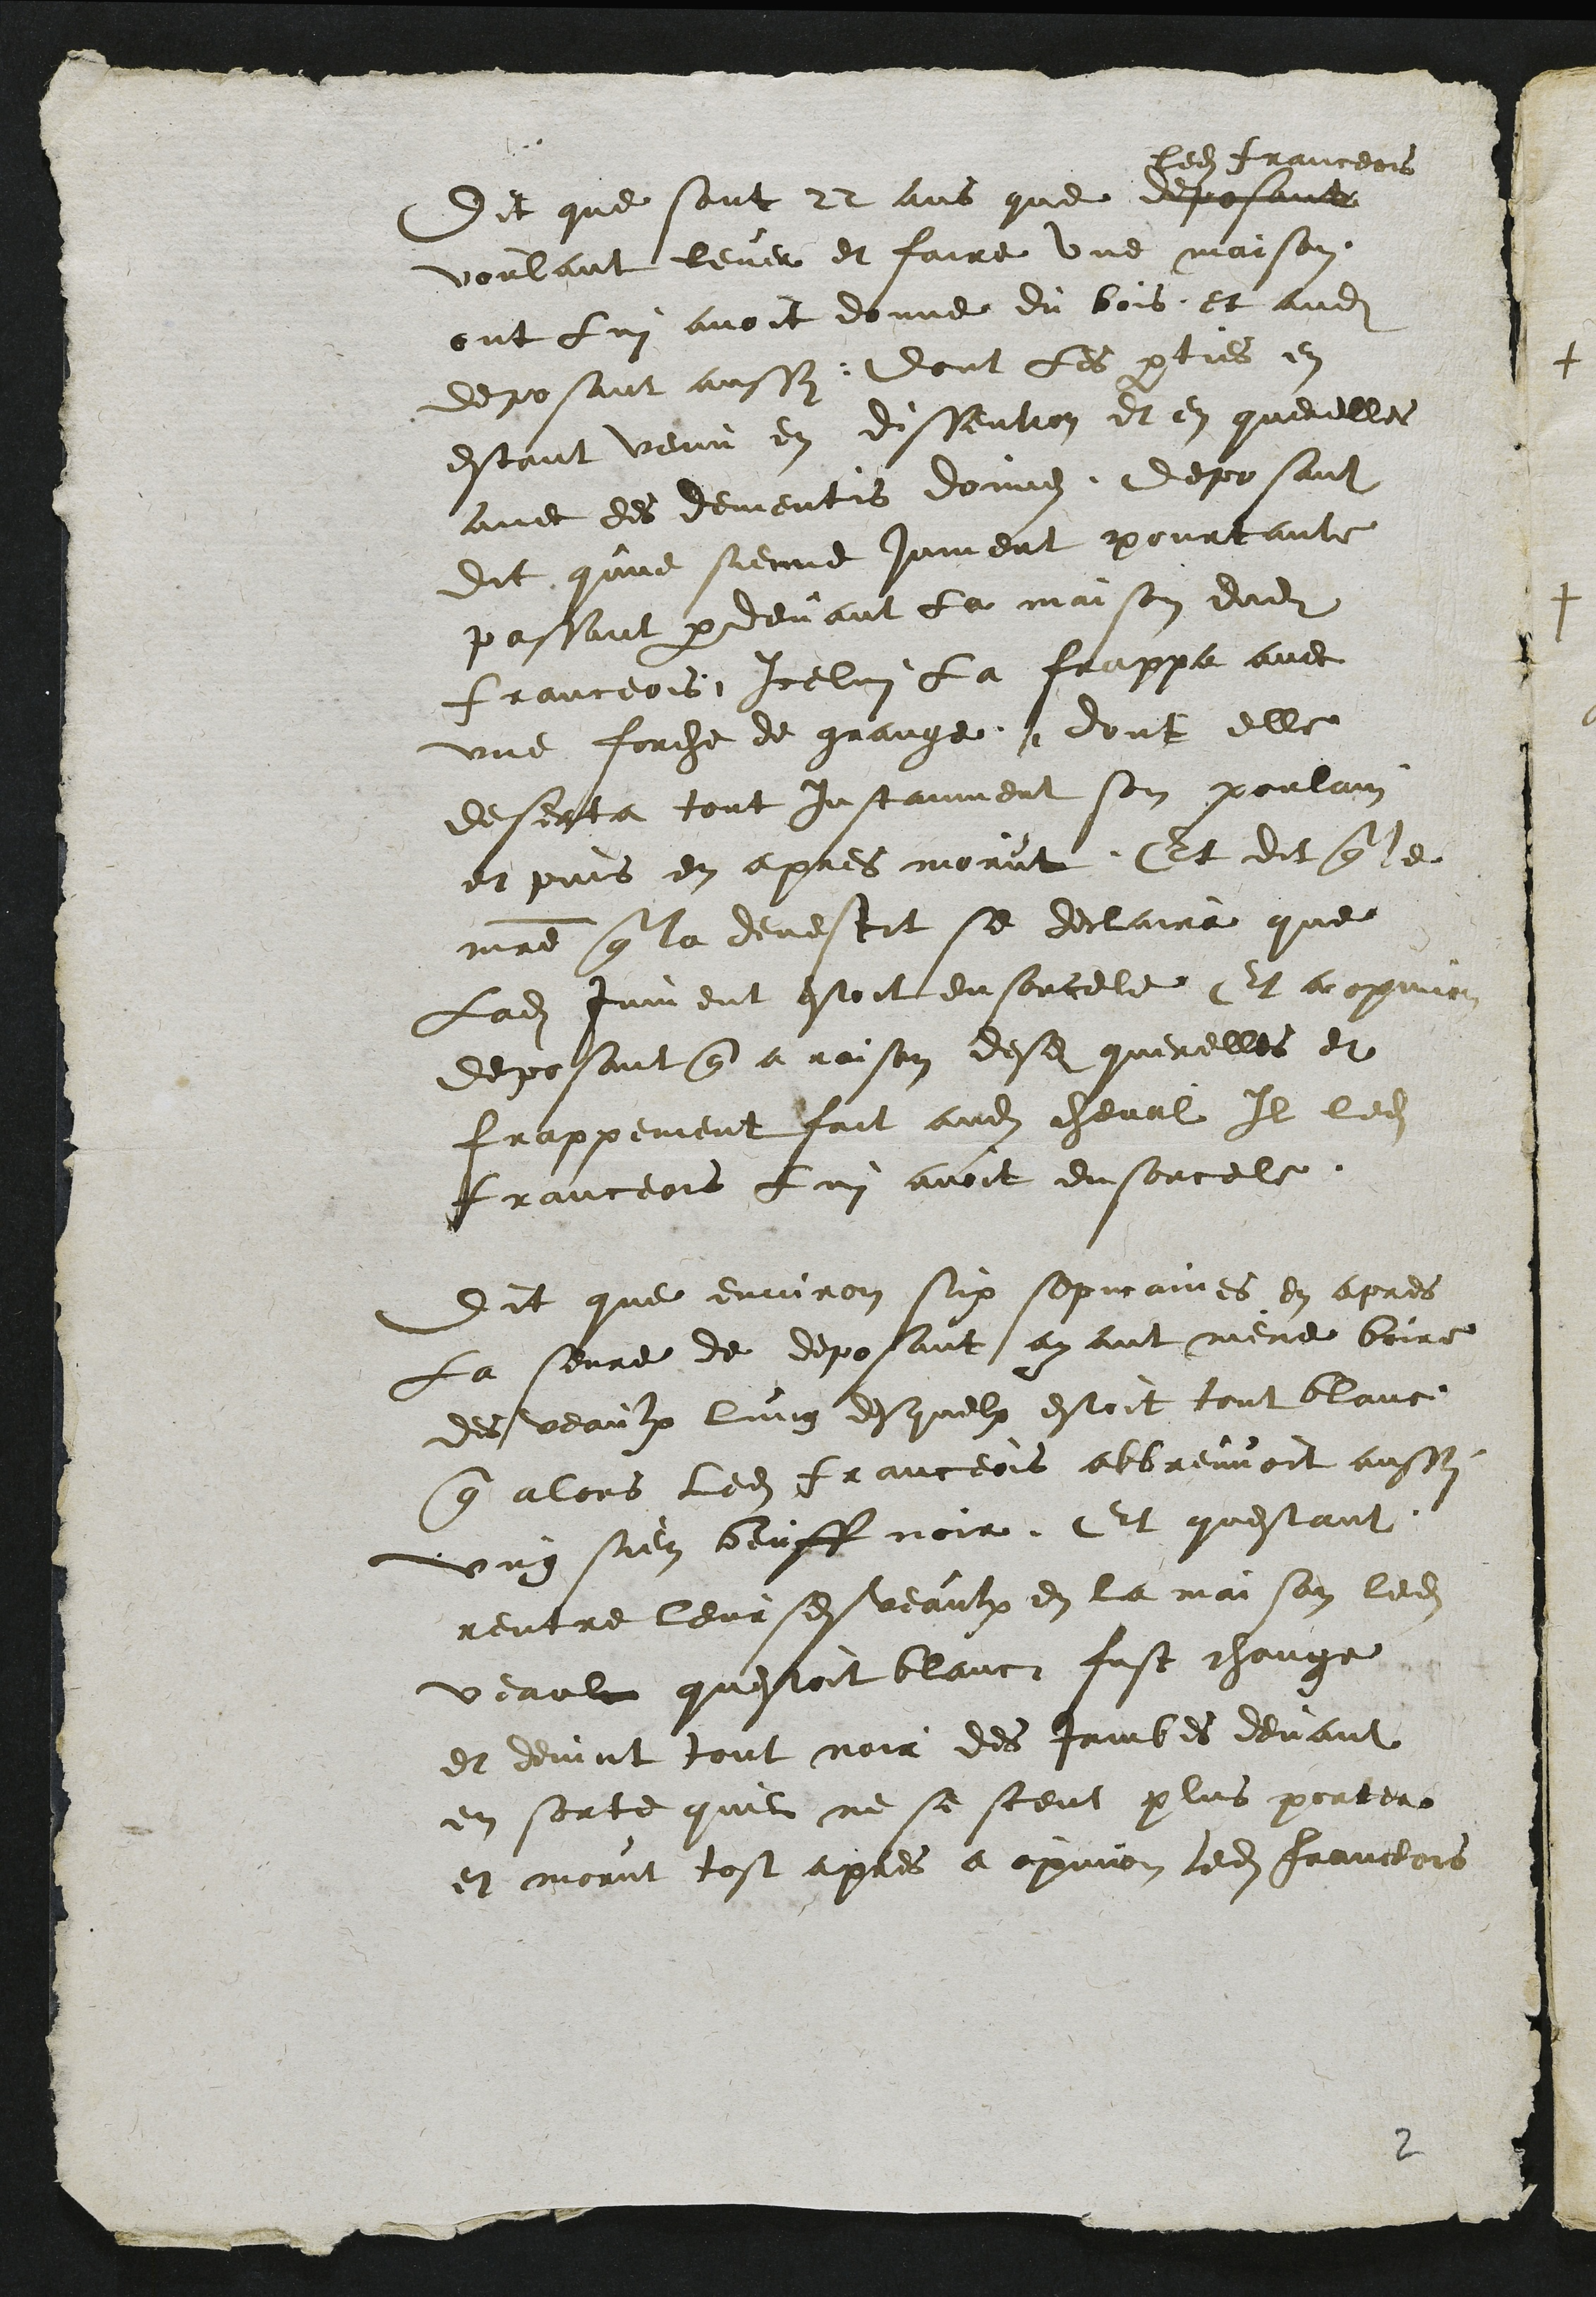
Dit que sont 22 ans que deposant
ledit franceois
voulant lever et faire une maison
ont lui avoit donne du bois et audit
deposant aussy: dont les parties en
estant venu en dissention et en querelles
avec des dementis donnes deposant
dit qune sienne jument pourtante
passant par devant la maison dudit
franceois Icelui la frappa avec
une forche de grange dont elle
deserta tout instanment son poulain
et puis en apres morut. Et dit que le
maitre que la devestit se declaira que
Ladite jument estoit ensorcele Et a opinion
deposant que a raison desdites querelles et
frappement fait audit cheval Il ledit
Franceois lui avoit ensourcele
Dit que environ six sepmaines en apres
La seure de deposant ayant mene boire
des veaulx lung desquelx estoit tout blanc
que alors ledit franceois abbreuvoit aussy
ung sien beuff noir Et questant
rentre leursdits veaulx en la maison ledit
veaulx questoit blanc fust change
et devint tout noir des Jambes devant
en sorte quil ne se sceut plus porter
et morut tost apres a opinion ledit franceois